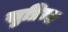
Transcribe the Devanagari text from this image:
सुप्रिम्स